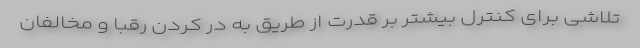
تلاشی برای کنترل بیشتر بر قدرت از طریق به در کردن رقبا و مخالفان